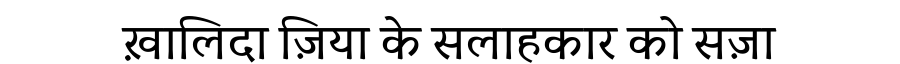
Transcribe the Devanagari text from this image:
ख़ालिदा ज़िया के सलाहकार को सज़ा